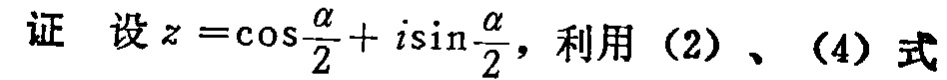
证 设\(z = \cos\frac{\alpha}{2}+i\sin\frac{\alpha}{2}\)，利用（2）、（4）式